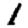
Digit: 1